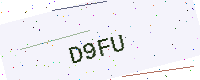
Text: D9FU